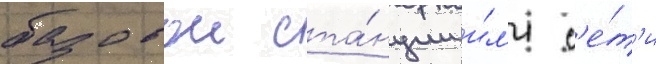
базовои ста́нции и́л'и с'е́т'и